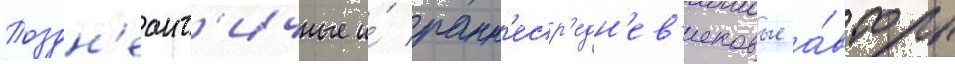
Поздн'еант'ичные и́ ранн'еср'едн'ев'ековые а́вторы